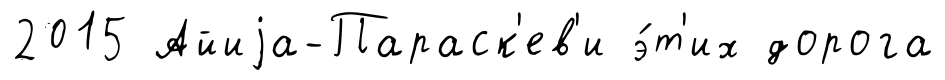
2015 Айиjа-Параск'ев'и э́т'их дорога